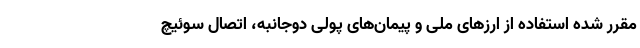
مقرر شده استفاده از ارز‌های ملی و پیمان‌های پولی دوجانبه، اتصال سوئیچ